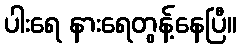
ပါးရေ နားရေတွန့်နေပြီ။